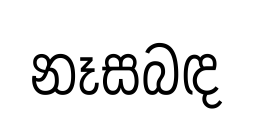
නෑසබඳ